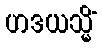
ဟဒယသ္မိံ